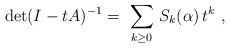
\begin{align*}\hbox{det} (I - tA)^{-1} = \ \sum_{k\geq 0} \, S_k ({\bf\alpha}) \, t^{k} \ ,\end{align*}